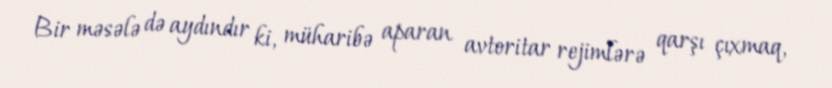
Bir məsələ də aydındır ki, müharibə aparan avtoritar rejimlərə qarşı çıxmaq,